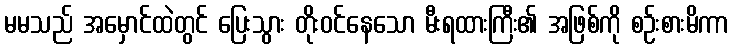
မမသည် အမှောင်ထဲတွင် ပြေးသွား တိုးဝင်နေသော မီးရထားကြီး၏ အဖြစ်ကို စဉ်းစားမိကာ